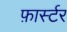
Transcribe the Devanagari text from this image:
फ़ार्स्टर